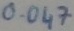
Text: 0.047